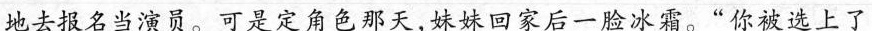
地去报名当演员。可是定角色那天，妹妹回家后一脸冰霜。”你被选上了